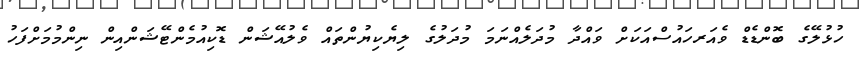
ހުޅުލޭގެ ބޮންޑެޑް ވެއަރހައުސްއަކަށް ވައްދާ މުދަލެއްނަމަ މުދަލުގެ ލިޔެކިޔުންތައް ވެލުއޭޝަން ޑޮކިއުމެންޓޭޝަންއިން ނިންމުމަށްފަހު